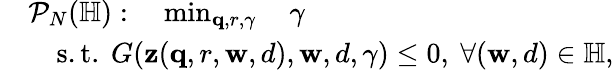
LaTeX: \begin{array}{rl}&{\mathcal{P}_{N}(\mathbb{H}):\quad\operatorname*{min}_{\mathbf{q},r,\gamma}\quad\gamma}\\ &{\quad\mathrm{s.t.~}G(\mathbf{z}(\mathbf{q},r,\mathbf{w},d),\mathbf{w},d,\gamma)\leq 0,\ \forall(\mathbf{w},d)\in\mathbb{H},}\end{array}